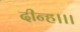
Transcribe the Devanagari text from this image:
दीन्‍ह।।।